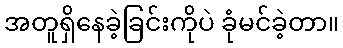
အတူရှိနေခဲ့ခြင်းကိုပဲ ခုံမင်ခဲ့တာ။